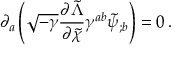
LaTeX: \partial _ { a } \left( \sqrt { - \gamma } \frac { \partial { \tilde { \Lambda } } } { \partial { \tilde { \chi } } } \gamma ^ { a b } { \tilde { \psi } } _ { ; b } \right) = 0 \, .